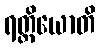
ရတ္တိယောတိ